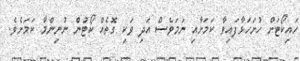
ހައިކޯޓަށް ހުށަހަޅާފައިވާ ކަމަށާއި ނަމަވެސް އަދި ވަކި ގޮތެއް ކޯޓުން ނުނިންމާ ކަމަށެވެ.